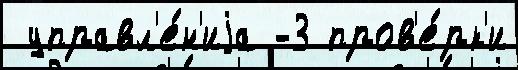
 управл'е́н'иjа -3 пров'е́рк'и